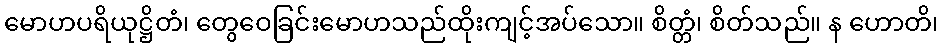
မောဟပရိယုဋ္ဌိတံ၊ တွေဝေခြင်းမောဟသည်ထိုးကျင့်အပ်သော။ စိတ္တံ၊ စိတ်သည်။ န ဟောတိ၊